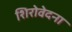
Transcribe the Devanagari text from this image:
शिरोवेदना